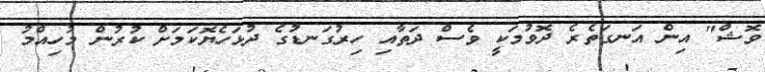
ވޮޝް" އިން އަނގަތެރެ ދޮވުމަކީ ވެސް ދަތާއި ހިރުގަނޑުގެ ދުޅަހެޔޮކަމަށް ކުރުން މުހިއްމު